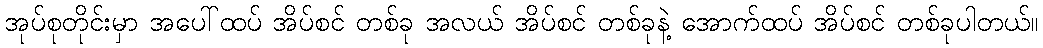
အုပ်စုတိုင်းမှာ အပေါ်ထပ် အိပ်စင် တစ်ခု အလယ် အိပ်စင် တစ်ခုနဲ့ အောက်ထပ် အိပ်စင် တစ်ခုပါတယ်။